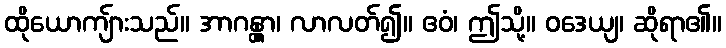
ထိုယောကျ်ားသည်။ အာဂန္တွာ၊ လာလတ်၍။ ဧဝံ၊ ဤသို့။ ဝဒေယျ၊ ဆိုရာ၏။